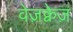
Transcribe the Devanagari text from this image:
वेज़क्वेज़